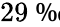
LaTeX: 29\mathrm{~\textperthousand~}